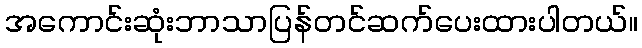
အကောင်းဆုံးဘာသာပြန်တင်ဆက်ပေးထားပါတယ်။